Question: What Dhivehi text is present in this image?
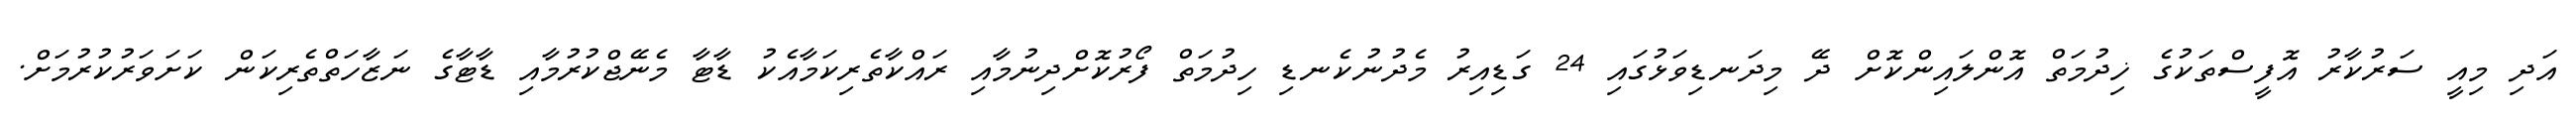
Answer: އަދި މިއީ ސަރުކާރު އޮފީސްތަކުގެ ޚިދުމަތް އޮންލައިންކޮށް ދޭ މިދަނޑިވަޅުގައި 24 ގަޑިއިރު މެދުނުކެނޑި ހިދުމަތް ފޯރުކޮށްދިނުމާއި ރައްކާތެރިކަމާއެކު ޑާޓާ މެނޭޖްކުރުމާއި ޑާޓާގެ ނަޒާހަތްތެރިކަން ކަށަވަރުކުރުމަށް.